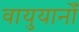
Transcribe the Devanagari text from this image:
वायुयानोँ